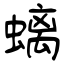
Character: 螭